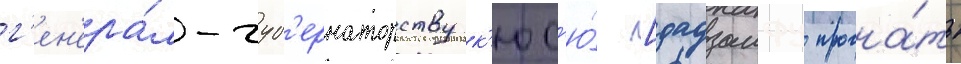
г'ен'ера́л-губ'ернаторству к'юс'ю́ [дадзаифу прогна́ть